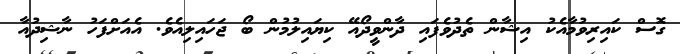
ގޮސް ކައިރިވުމާއެކު އިޝާން ތެދުވެފައި ދާންވީދޯއޭ ކިޔައިލުމުން ބޯ ޖަހައިލިއެވެ. އެއަށްފަހު ނާޝިދުއާ